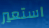
استعير